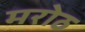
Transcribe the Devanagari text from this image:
मरोठ